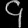
Digit: ၄